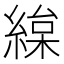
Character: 𦂅